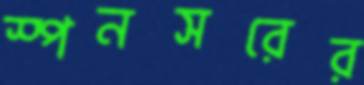
স্পনসরের